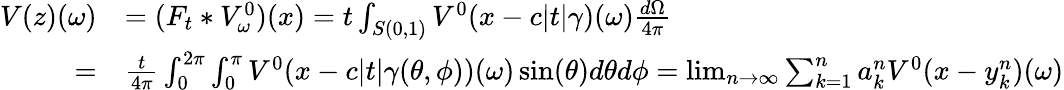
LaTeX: \begin{array}{rl}{V(z)(\omega)}&{=(F_{t}*V_{\omega}^{0})(x)=t\int_{S(0,1)}V^{0}(x-c|t|\gamma)(\omega)\frac{d\Omega}{4\pi}}\\ {=}&{\frac{t}{4\pi}\int_{0}^{2\pi}\int_{0}^{\pi}V^{0}(x-c|t|\gamma(\theta,\phi))(\omega)\sin(\theta)d\theta d\phi=\operatorname*{lim}_{n\rightarrow\infty}\sum_{k=1}^{n}a_{k}^{n}V^{0}(x-y_{k}^{n})(\omega)}\end{array}